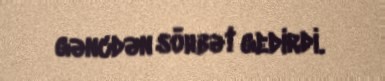
gəncdən söhbət gedirdi.